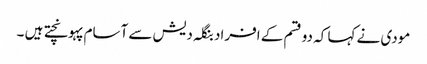
مودی نے کہا کہ دو قسم کے افراد بنگلہ دیش سے آسام پہونچتے ہیں ۔